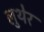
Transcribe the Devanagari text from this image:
लुथेर